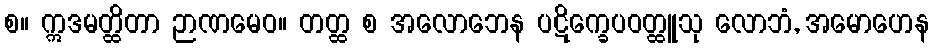
စ။ ဣဒမတ္ထိတာ ဉာဏမေဝ။ တတ္ထ စ အလောဘေန ပဋိက္ခေပဝတ္ထူသု လောဘံ, အမောဟေန